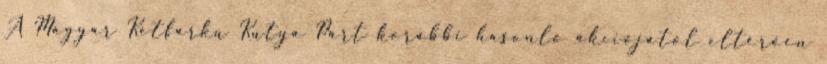
A Magyar Kétfarkú Kutya Párt korábbi hasonló akciójától eltérően